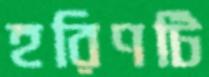
হরিণটি